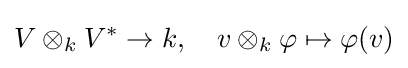
V\otimes _{k}V^{*}\to k,\quad v\otimes _{k}\varphi \mapsto \varphi (v)